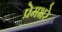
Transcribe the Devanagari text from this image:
प्रेमभरे